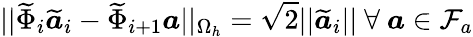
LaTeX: ||\widetilde{\Phi}_{i}\widetilde{\boldsymbol{a}}_{i}-\widetilde{\Phi}_{i+1}\boldsymbol{a}||_{\Omega_{h}}=\sqrt{2}||\widetilde{\boldsymbol{a}}_{i}||\mathrm{~}\forall\mathrm{~}\boldsymbol{a}\in\mathcal{F}_{a}